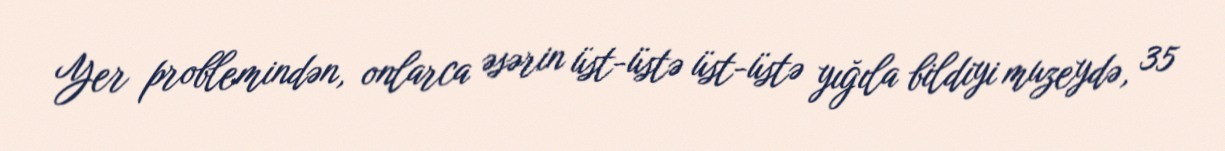
Yer problemindən, onlarca əsərin üst-üstə üst-üstə yığıla bildiyi muzeydə, 35